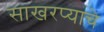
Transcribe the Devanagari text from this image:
साखरप्याचे